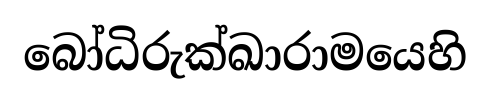
බෝධිරුක්ඛාරාමයෙහි